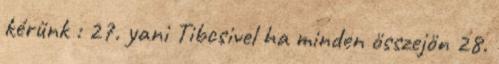
kérünk : 27. yani Tibcsivel ha minden összejön 28.